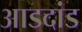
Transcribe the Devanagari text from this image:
आडदांड